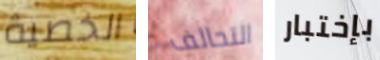
الخصية التحالف بإختبار